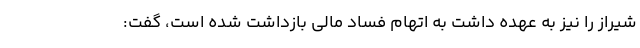
شیراز را نیز به عهده داشت به اتهام فساد مالی بازداشت شده است، گفت: